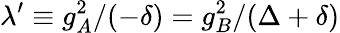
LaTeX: \lambda^{\prime}\equiv g_{A}^{2}/(-\delta)=g_{B}^{2}/(\Delta+\delta)